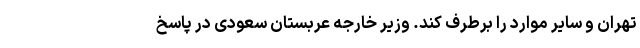
تهران و سایر موارد را برطرف کند. وزیر خارجه عربستان سعودی در پاسخ